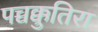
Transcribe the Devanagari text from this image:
पच्चक्कुतिरा